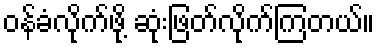
ဝန်ခံလိုက်ဖို့ ဆုံးဖြတ်လိုက်ကြတယ်။